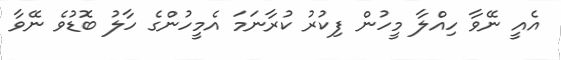
އެއީ ނޭވާ ހިއްލާ މީހުން ފިކުރު ކުރާނަމަ އެމީހުންގެ ހާލު ބޮޑުވެ ނޭވާ